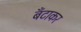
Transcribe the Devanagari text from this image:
बँटाकर